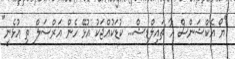
"ޔޯ އެކްޝަންސް އާ ޗައިލްޑިޝް... ކުޑަކުއްޖަކު އުޅޭ ހެން އަރްސަލް ތި އުޅެނީ"